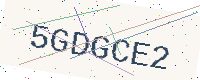
Text: 5GDGCE2